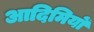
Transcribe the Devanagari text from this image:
आदिमियों